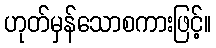
ဟုတ်မှန်သောစကားဖြင့်။